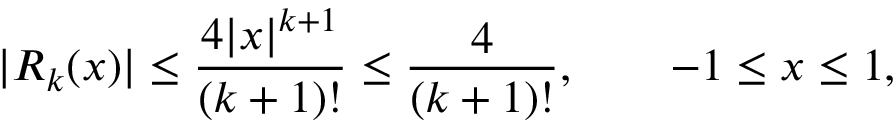
| R _ { k } ( x ) | \leq { \frac { 4 | x | ^ { k + 1 } } { ( k + 1 ) ! } } \leq { \frac { 4 } { ( k + 1 ) ! } } , \qquad - 1 \leq x \leq 1 ,